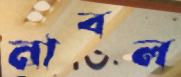
নাবল